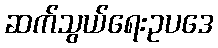
ဆက်သွယ်ရေးဥပဒေ